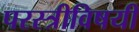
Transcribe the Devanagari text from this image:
परस्त्रीविषयी